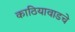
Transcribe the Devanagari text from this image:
काठियावाडचे